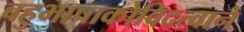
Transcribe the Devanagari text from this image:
बहुभाषाकोविदत्वाने